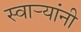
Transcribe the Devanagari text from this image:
स्वार्‍यांनी